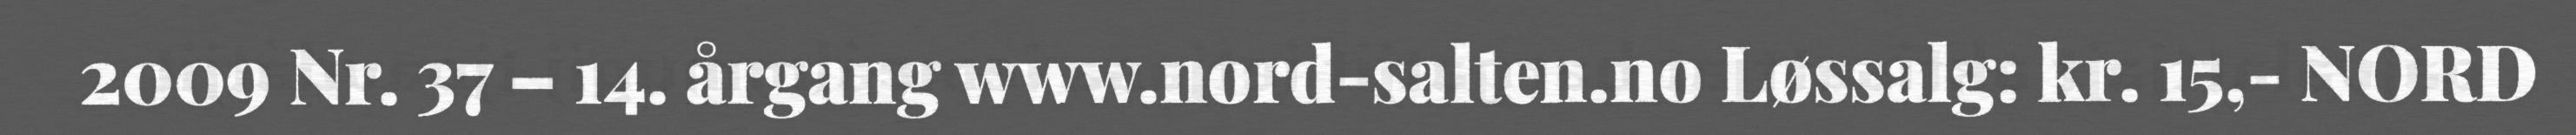
2009 Nr. 37 – 14. årgang www.nord-salten.no Løssalg: kr. 15,- NORD